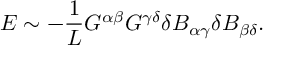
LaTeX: { \cal E } \sim - \frac { 1 } { L } G ^ { \alpha \beta } G ^ { \gamma \delta } \delta B _ { \alpha \gamma } \delta B _ { \beta \delta } .